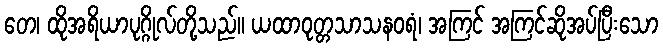
တေ၊ ထိုအရိယာပုဂ္ဂိုလ်တို့သည်။ ယထာဝုတ္တသာသနဝရံ၊ အကြင် အကြင်ဆိုအပ်ပြီးသော